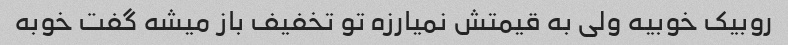
روبیک خوبیه ولی به قیمتش نمیارزه تو تخفیف باز میشه گفت خوبه